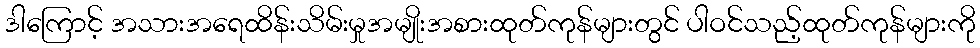
ဒါကြောင့် အသားအရေထိန်းသိမ်းမှုအမျိုးအစားထုတ်ကုန်များတွင် ပါဝင်သည့်ထုတ်ကုန်များကို